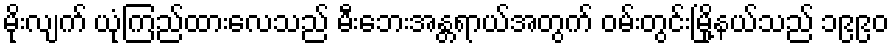
မိုးလျက် ယုံကြည်ထားလေသည် မီးဘေးအန္တရာယ်အတွက် ဝမ်းတွင်းမြို့နယ်သည် ၁၉၉၀